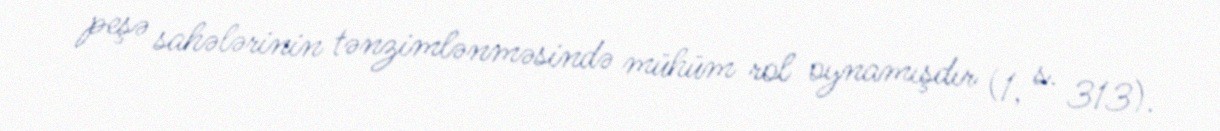
peşə sahələrinin tənzimlənməsində mühüm rol oynamışdır (1, s. 313).